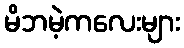
မိဘမဲ့ကလေးများ